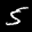
Label: 5